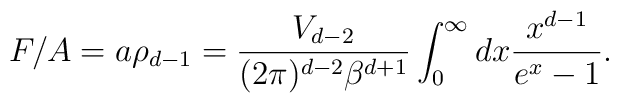
F/A  = a \rho_{d-1}  = \frac{V_{d-2}}{(2\pi)^{d-2} \beta^{d+1}}    \int_0^\infty dx \frac{x^{d-1}}{e^x-1} .